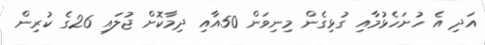
އަދި އެ ހުށަހެޅުމާއި ގުޅިގެން މިނިވަން 50އާއި ދިމާކޮށް ޖުލައި 26ގެ ކުރިން